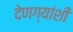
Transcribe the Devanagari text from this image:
देणग्यांशी